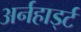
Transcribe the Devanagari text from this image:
अर्नहार्ड्ट